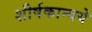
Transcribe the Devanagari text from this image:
शीर्षकान्वये